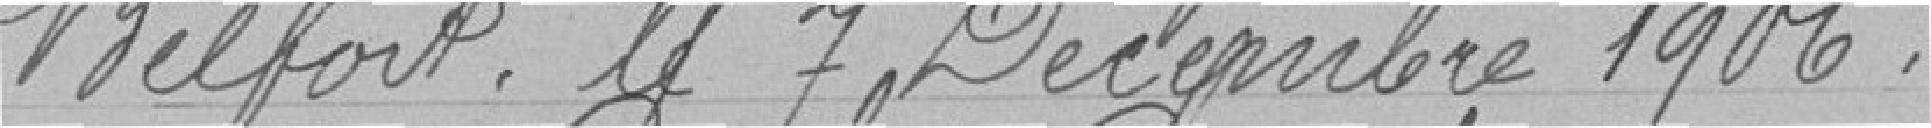
Belfort le 7 Décembre 1906.